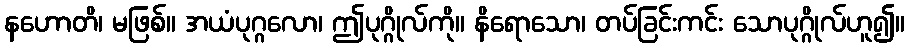
နဟောတိ၊ မဖြစ်။ အယံပုဂ္ဂလော၊ ဤပုဂ္ဂိုလ်ကို။ နိရောသော၊ တပ်ခြင်းကင်း သောပုဂ္ဂိုလ်ဟူ၍။